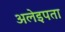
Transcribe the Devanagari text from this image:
अलेइपता